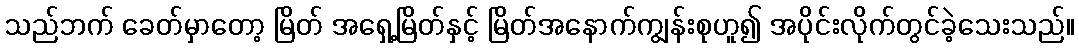
သည်ဘက် ခေတ်မှာတော့ မြိတ် အရှေ့မြိတ်နှင့် မြိတ်အနောက်ကျွန်းစုဟူ၍ အပိုင်းလိုက်တွင်ခဲ့သေးသည်။